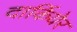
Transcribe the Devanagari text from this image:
दार्कियेर